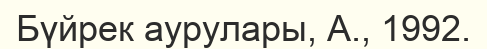
Бүйрек аурулары, А., 1992.